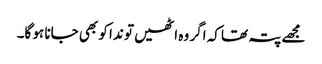
مجھے پتہ تھا کہ اگر وہ اٹھیں تو ندا کو بھی جانا ہو گا۔